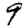
Digit: 9